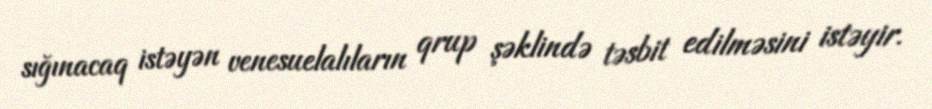
sığınacaq istəyən venesuelalıların qrup şəklində təsbit edilməsini istəyir.